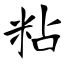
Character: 粘